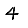
Digit: 4